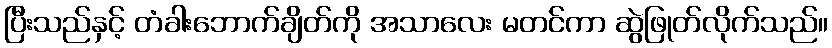
ပြီးသည်နှင့် တံခါးဘောက်ချိတ်ကို အသာလေး မတင်ကာ ဆွဲဖြုတ်လိုက်သည်။